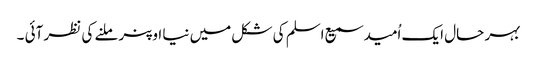
بہر حال ایک اُمید سمیع اسلم کی شکل میں نیا اوپنر ملنے کی نظر آئی ۔